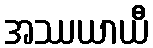
အဿယာယီ